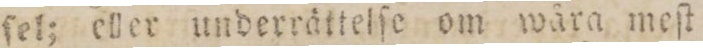
ſel; eller underrättelſe om wåra meſt